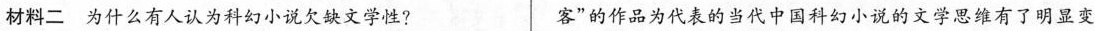
材料 二 为什么有人认为科幻小说史缺文学性? 客"的作品为代表的当代中国科幻小说的文学思维有了明显变